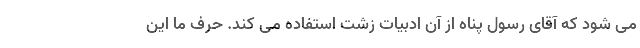
می شود که آقای رسول پناه از آن ادبیات زشت استفاده می کند. حرف ما این